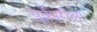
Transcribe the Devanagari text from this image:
पूर्वपरीक्षा